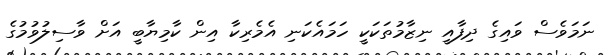
ނަމަވެސް ވައިގެ ދިފާއީ ނިޒާމުތަކަކީ ހަމައެކަނި އެމެރިކާ އިން ކާމިޔާބީ އަށް ވާސިލުވުމުގެ